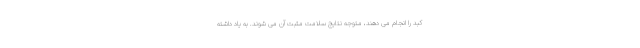
کبد را انجام می دهند، متوجه نتایج سلامت مثبت آن می شوند. به یاد داشته